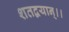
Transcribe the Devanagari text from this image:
शतद्वयान्।।